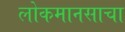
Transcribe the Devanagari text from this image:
लोकमानसाचा